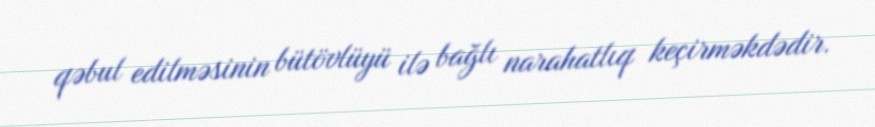
qəbul edilməsinin bütövlüyü ilə bağlı narahatlıq keçirməkdədir.